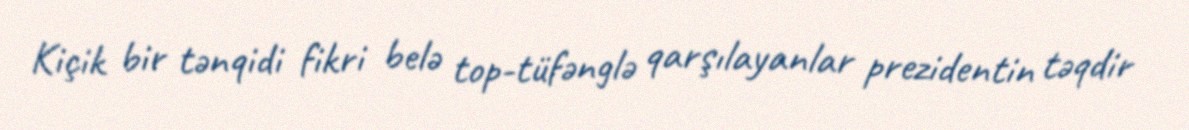
Kiçik bir tənqidi fikri belə top-tüfənglə qarşılayanlar prezidentin təqdir